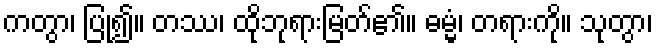
ကတွာ၊ ပြု၍။ တဿ၊ ထိုဘုရားမြတ်၏။ ဓမ္မံ၊ တရားကို။ သုတွာ၊